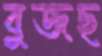
বুজছ